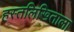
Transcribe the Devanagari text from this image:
हस्तलिखिताला